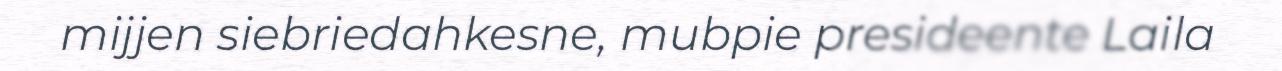
mijjen siebriedahkesne, mubpie presideente Laila